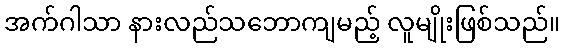
အက်ဂါသာ နားလည်သဘောကျမည့် လူမျိုးဖြစ်သည်။